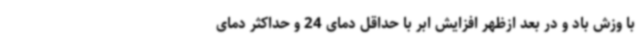
با وزش باد و در بعد ازظهر افزایش ابر با حداقل دمای 24 و حداکثر دمای